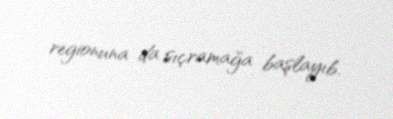
regionuna da sıçramağa başlayıb.